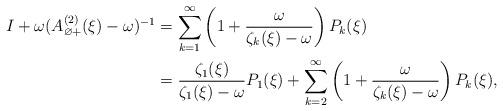
LaTeX: \begin{align*}I + \omega (A_{\varnothing+}^{(2)} (\xi) - \omega )^{-1} &= \sum_{k=1}^\infty \left( 1 + \frac{\omega }{\zeta_k(\xi) - \omega } \right) P_k (\xi) \\& = \frac{\zeta_1(\xi) }{\zeta_1(\xi) - \omega} P_1(\xi) + \sum_{k=2}^\infty \left( 1 + \frac{\omega }{\zeta_k(\xi) - \omega } \right)P_k(\xi) , \end{align*}